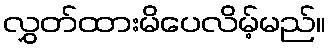
လွှတ်ထားမိပေလိမ့်မည်။